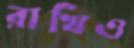
রাখিও